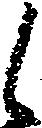
候